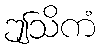
ဤသိကံ